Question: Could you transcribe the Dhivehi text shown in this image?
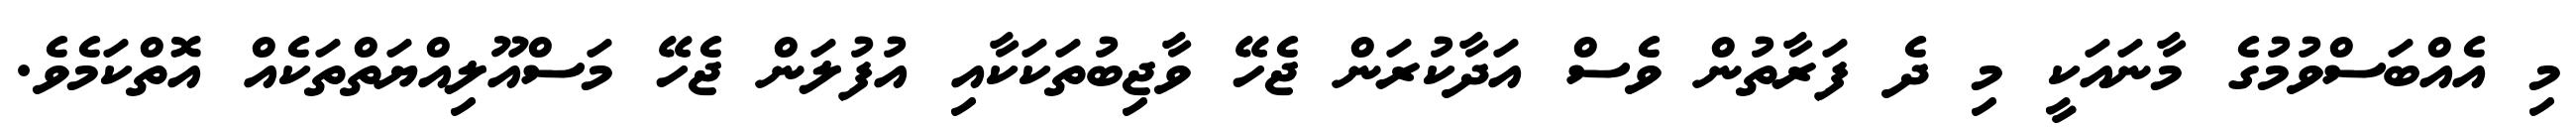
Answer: މި އެއްބަސްވުމުގެ މާނައަކީ މި ދެ ފަރާތުން ވެސް އަދާކުރަން ޖެހޭ ވާޖިބުތަކަކާއި އުފުލަން ޖެހޭ މަސްއޫލިއްޔަތްތަކެއް އޮތްކަމެވެ.